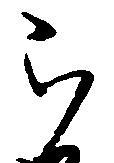
被